Report of the Municipal Commissioner on the plague in Bombay for the year ending 31st May... - Volume 3
Disease focus: Plague
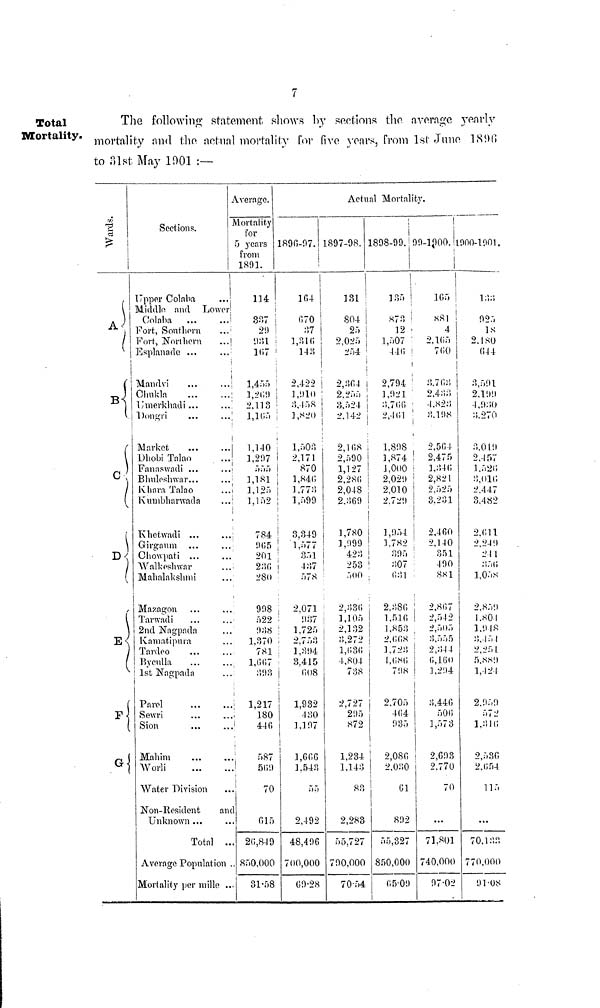
7
Total
Mortality.
The following statement shows by sections the average yearly
mortality and the actual mortality For five years, from 1st June 1890
to 31st May 1901 :—
Wards.
A
B
C
D
E
F
G
Sections.
1
Upper Colaba
Muidlo and Lower
Colaba
Fort, Southern
Fort, Northern
Esplanade ...
Mandvi
Chukla
Umerkhadi ...
Dongri
Market
Dhobi Talan
Fanaswadi ...
Bhuleshwar...
Khara Talao
Kumbharwada
Khetwadi ...
Girgaum
Chowpati ...
Walkeshwar
Mahalakshmi
Mazagon
Tarwadi
2nd Nagpada
Kamatipura
Tardeo
Byculla
1st Nagpada
Parel
Sewri
Sion
Mahim
Worli
Water Division
Non-Resident
and
Unknown ...
Total ...
Average Population .
Mortality per mille ...
Average.
Mortality
For
5 years
from
1891.
114
337
2!)
931
107
1,455
1,269
2,113
1,165
1,140
1,207
555
1,181
1,125
1,152
784
005
201
230
28()
908
522
938
1,370
781
1,007
303
1,217
180
440
587
569
70
615
26,849
8;->0,000
31.58
1890-07.
i
!
104
070
37
1,310
143
2,422
1,910
3,4 58
1,820
1,503
2,171
870
1,840
1,773
1,599
3,349
1,577
351
437
578
2,071
037
1,725
2,753
1,304
3,415
608
1,932
430
1,197
1,666
1,543
55
2,492
48,496
700,000
69.28
Actual Mortality.
1897-98.
131
804
25
2,025
254
2,364
2,255
3.524
2,142
2,168
2,590
1,127
2,280
2,048
2,369
1,780
1,099
423
253
500
2,330
1,105
2,132
3,272
1,030
4,804
738
2,727
205
872
1,234
1,143
83
2,283
55,727
700,000
70.54
¡
1898-99.
135
873
12
1,507
440
2,794
1,021
3,700
2,461
1,898
1,874
1,000
2,020
2,010
2.720
1,054
1.782
305
307
631
2,386
1,516
1,853
2,668
1,723
!,0<S0
708
2,705
404
935
2,080
2,030
01
802
55,327
850,000
65.09
99-1900.
165
«81
4
2.105
700
3.703
2,433
4,823
3,198
2,564
2,475
1,346
2,821
2,525
3,231
2,460
2,140
351
400
8X1
2,807
2,542
2,505
3,555
2,344
0,160
1,204
3,446
500
1,573
2,603
2.770
70
...
71.801
740,000
97.02
1000-1001.
133
925
18
2,180
04 4
3,591
2,100
4,030
3.270
3,019
2,4 57
1,526
3,010
2,447
3.482
2,611
2,24 0
211
350
1,058
2,850
1,804
1,948
3,454
2,254
5,889
1,424
2,050
572
1,316
2,530
2,654
115
...
70,133
770,000
91.08